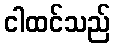
ငါထင်သည်